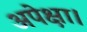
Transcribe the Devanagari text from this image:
अपेक्षा।